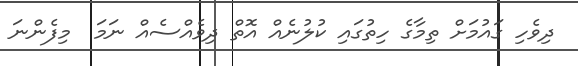
ދިވެހި ގައުމަށް ތިމާގެ ހިތުގައި ކުލުނެއް އޮތް ދިވެއްސެއް ނަމަ  މިފެންނަ